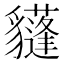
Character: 𧴟